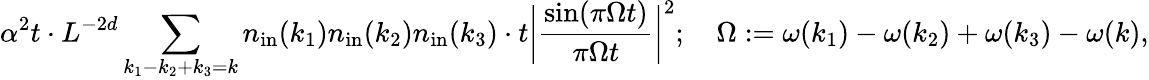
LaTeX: \alpha^{2}t\cdot L^{-2d}\sum_{k_{1}-k_{2}+k_{3}=k}n_{\mathrm{in}}(k_{1})n_{\mathrm{in}}(k_{2})n_{\mathrm{in}}(k_{3})\cdot t\bigg|\frac{\sin(\pi\Omega t)}{\pi\Omega t}\bigg|^{2};\quad\Omega:=\omega(k_{1})-\omega(k_{2})+\omega(k_{3})-\omega(k),